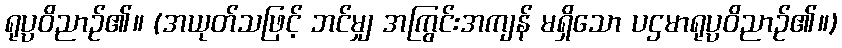
ရုပ္ပဝိညာဉ်၏။ (အယုတ်သဖြင့် ဘင်မျှ အကြွင်းအကျန် မရှိသော ပဌမာရုပ္ပဝိညာဉ်၏။)